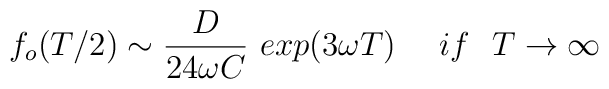
f_{o}(T/2) \sim {{D} \over {24 \omega C}} \ exp(3 \omega T) \ \ \ \  if  \ \ T \rightarrow \infty